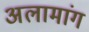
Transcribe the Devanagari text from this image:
अलामांग